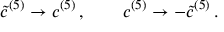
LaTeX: { \tilde { c } } ^ { ( 5 ) } \rightarrow c ^ { ( 5 ) } \, , \qquad c ^ { ( 5 ) } \rightarrow - { \tilde { c } } ^ { ( 5 ) } \, . \,